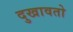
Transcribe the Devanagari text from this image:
दुखावतो